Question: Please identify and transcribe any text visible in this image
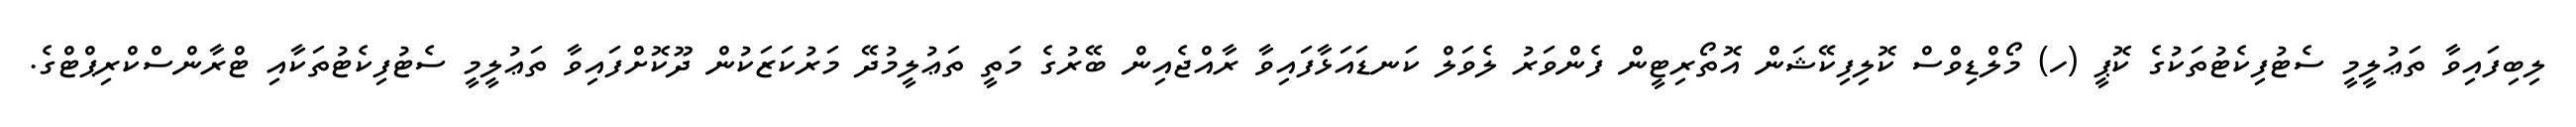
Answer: ލިބިފައިވާ ތަޢުލީމީ ސެޓުފިކެޓުތަކުގެ ކޮޕީ (ހ) މޯލްޑިވްސް ކޮލިފިކޭޝަން އޮތޯރިޓީން ފެންވަރު ލެވަލް ކަނޑައަޅާފައިވާ ރާއްޖެއިން ބޭރުގެ މަތީ ތަޢުލީމުދޭ މަރުކަޒަކުން ދޫކޮށްފައިވާ ތަޢުލީމީ ސެޓުފިކެޓުތަކާއި ޓްރާންސްކްރިޕްޓްގެ.